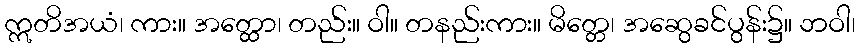
ဣတိအယံ၊ ကား။ အတ္ထော၊ တည်း။ ဝါ။ တနည်းကား။ မိတ္တေ၊ အဆွေခင်ပွန်း၌။ ဘဝါ၊